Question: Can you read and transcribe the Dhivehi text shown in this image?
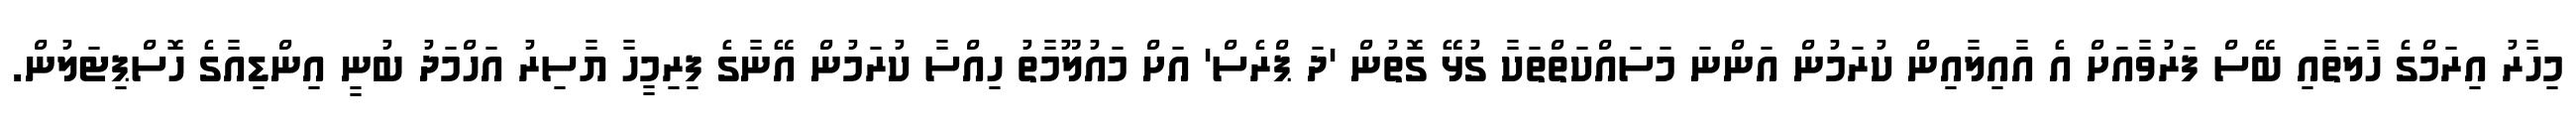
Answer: މިހާރު އިރަމްގެ ހާލަތާއި ބޭސް ފަރުވާއަށް އެ އާއިލާއިން ކުރަމުން އަންނަ މަސައްކަތްތަކާ ގުޅޭ ގޮތުން 'ދަ ޕްރެސް' އަށް މައުލޫމާތު ހިއްސާ ކުރަމުން އޭނާގެ ފިރިމީހާ ޔާސިރު އަހްމަދު ބުނީ އިންޑިއާގެ ހޮސްޕިޓަލުން.